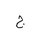
Letter: _gim